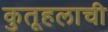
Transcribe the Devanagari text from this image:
कुतूहलाची